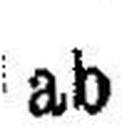
ab